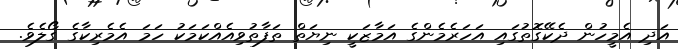
އަދި އެމީހުން ދެކޭގޮތުގައި އަހަރެމެންގެ އަމާޒަކީ ނިޔަތް ތަފާތުވިއެއްކަމަކު ހަމަ އެމެރިކާގެ ގޯލެވެ.